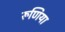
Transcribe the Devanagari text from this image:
रूणिया